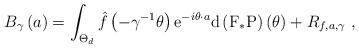
LaTeX: \begin{align*}B_{\gamma }\left( a\right) =\int_{\Theta _{d}}\hat{f}\left( -\gamma^{-1}\theta \right) \mathrm{e}^{-i\theta \cdot a}\mathrm{d}\left( \mathrm{F}_{\ast }\mathrm{P}\right) \left( \theta \right) +R_{f,a,\gamma }\ ,\end{align*}